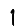
Digit: 1